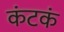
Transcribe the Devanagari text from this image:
कंटकं